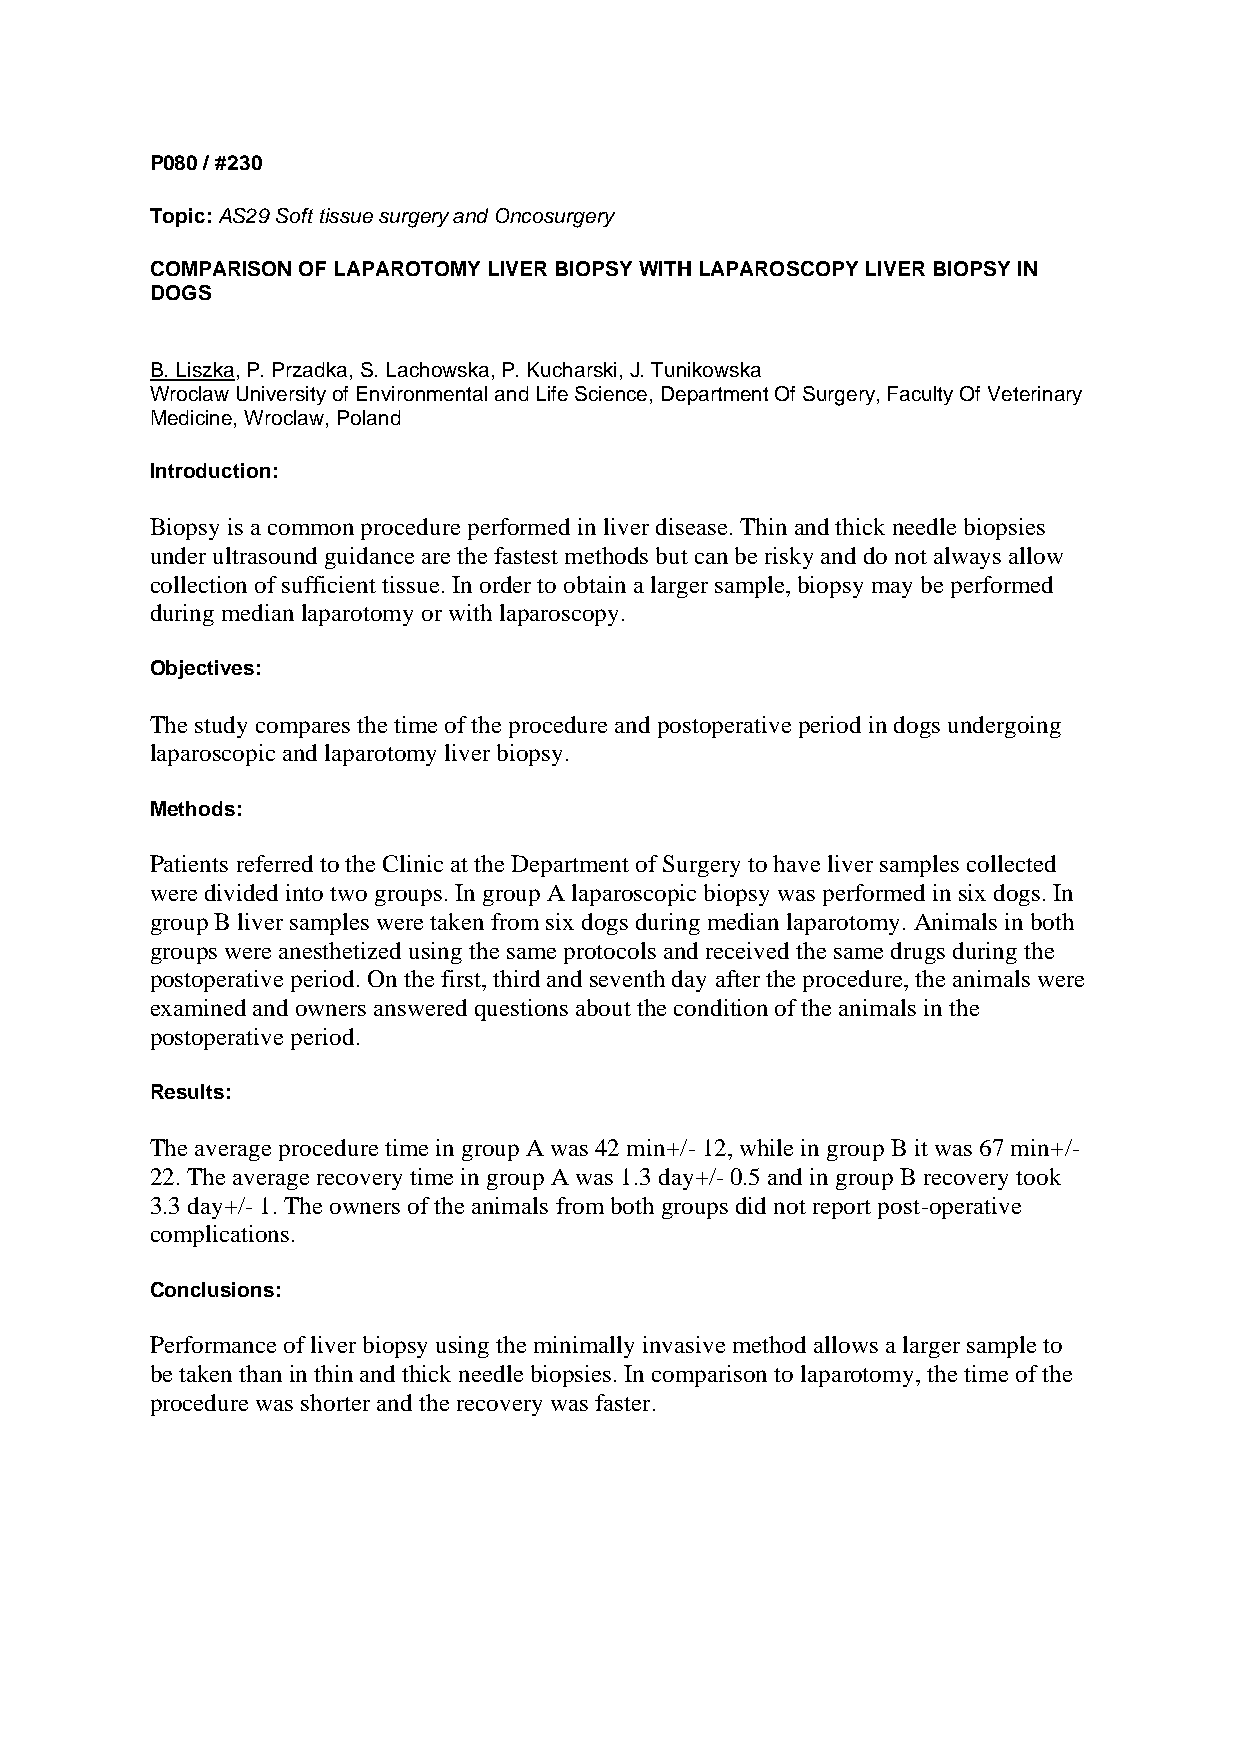
P080 / #230
 Topic: AS29 Soft tissue surgery and Oncosurgery
 COMPARISON OF LAPAROTOMY LIVER BIOPSY WITH LAPAROSCOPY LIVER BIOPSY IN
 DOGS
 B. Liszka, P. Przadka, S. Lachowska, P. Kucharski, J. Tunikowska
 Wroclaw University of Environmental and Life Science, Department Of Surgery, Faculty Of Veterinary
 Medicine, Wroclaw, Poland
 Introduction:
 Biopsy is a common procedure performed in liver disease. Thin and thick needle biopsies
 under ultrasound guidance are the fastest methods but can be risky and do not always allow
 collection of sufficient tissue. In order to obtain a larger sample, biopsy may be performed
 during median laparotomy or with laparoscopy.
 Objectives:
 The study compares the time of the procedure and postoperative period in dogs undergoing
 laparoscopic and laparotomy liver biopsy.
 Methods:
 Patients referred to the Clinic at the Department of Surgery to have liver samples collected
 were divided into two groups. In group A laparoscopic biopsy was performed in six dogs. In
 group B liver samples were taken from six dogs during median laparotomy. Animals in both
 groups were anesthetized using the same protocols and received the same drugs during the
 postoperative period. On the first, third and seventh day after the procedure, the animals were
 examined and owners answered questions about the condition of the animals in the
 postoperative period.
 Results:
 The average procedure time in group A was 42 min+/- 12, while in group B it was 67 min+/-
 22. The average recovery time in group A was 1.3 day+/- 0.5 and in group B recovery took
 3.3 day+/- 1. The owners of the animals from both groups did not report post-operative
 complications.
 Conclusions:
 Performance of liver biopsy using the minimally invasive method allows a larger sample to
 be taken than in thin and thick needle biopsies. In comparison to laparotomy, the time of the
 procedure was shorter and the recovery was faster.